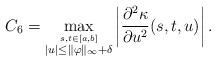
LaTeX: \begin{align*} C_{6} = \max_{\stackrel {s, t \in [a, b]}{|u| \leq \|\varphi \|_\infty + \delta }}\left | \frac {\partial^{2} \kappa } {\partial u^2} (s, t, u) \right |.\end{align*}